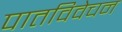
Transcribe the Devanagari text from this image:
पातविवेचन